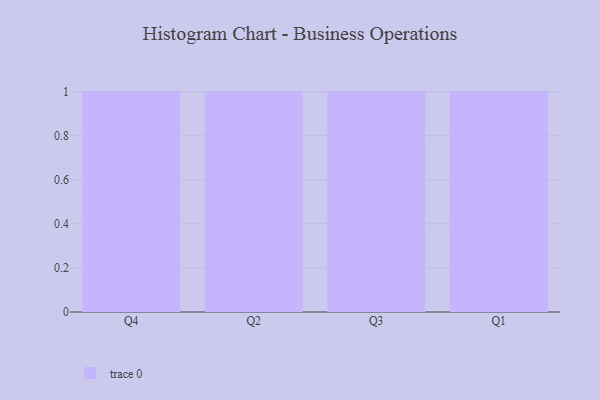
{"axis": {"x": "Quarter", "y": "Net Income (USD K)"}, "legend": [""], "data": [{"x": "Q4", "y": 69, "type": ""}, {"x": "Q2", "y": 43, "type": ""}, {"x": "Q3", "y": 28, "type": ""}, {"x": "Q1", "y": 25, "type": ""}]}